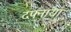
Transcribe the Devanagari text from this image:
दफ्नाया